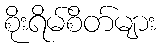
စိုးရိမ်စိတ်များ